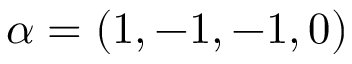
\alpha = ( 1 , - 1 , - 1 , 0 )